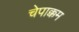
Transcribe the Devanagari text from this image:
चेपाक्कम